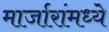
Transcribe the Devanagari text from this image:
मार्जारांमध्ये